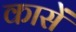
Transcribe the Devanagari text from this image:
कासें